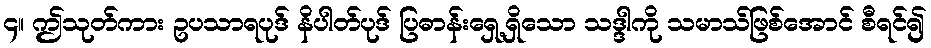
၄။ ဤသုတ်ကား ဥပသာရပုဒ် နိပါတ်ပုဒ် ပြဓာန်းရှေ့ရှိသော သဒ္ဒါကို သမာသ်ဖြစ်အောင် စီရင်၍